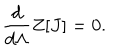
{ \frac { d } { d \Lambda } } Z [ J ] = 0 .